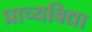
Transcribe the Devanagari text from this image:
प्राच्‍यविद्या